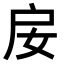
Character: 𢨭